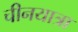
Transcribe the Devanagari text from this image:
चीनयात्रा